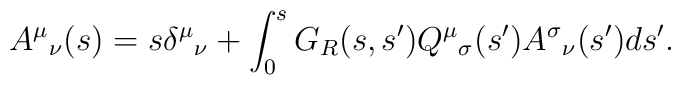
A^\mu{}_\nu(s) =  s \delta^\mu{}_\nu  + \int_0^s   G_R(s,s') Q^\mu{}_\sigma(s') A^\sigma{}_\nu(s') ds'.